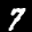
Label: 7